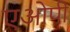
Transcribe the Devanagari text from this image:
एओपी